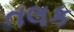
તલક